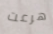
هرعت